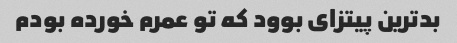
بدترین پیتزای بوود که تو عمرم خورده بودم